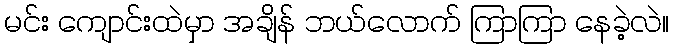
မင်း ကျောင်းထဲမှာ အချိန် ဘယ်လောက် ကြာကြာ နေခဲ့လဲ။